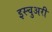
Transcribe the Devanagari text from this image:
इस्चुअरी